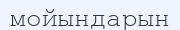
мойындарын